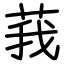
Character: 莪